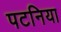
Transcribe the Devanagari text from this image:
पटनिया